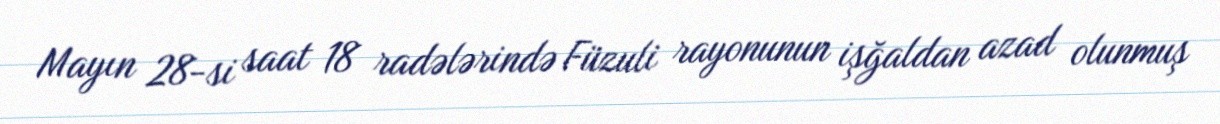
Mayın 28-si saat 18 radələrində Füzuli rayonunun işğaldan azad olunmuş